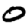
Digit: 0